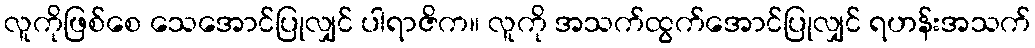
လူကိုဖြစ်စေ သေအောင်ပြုလျှင် ပါရာဇိက။ လူကို အသက်ထွက်အောင်ပြုလျှင် ရဟန်းအသက်